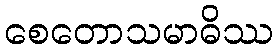
စေတောသမာဓိဿ